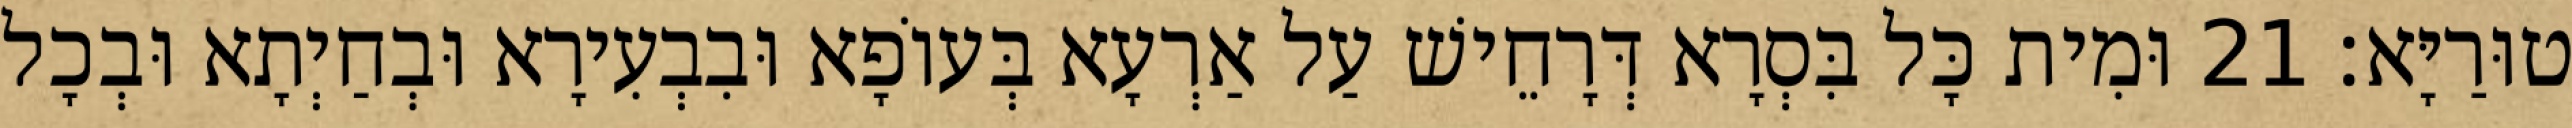
טוּרַיָּא׃ 21 וּמִית כָּל בִּסְרָא דְּרָחֵישׁ עַל אַרְעָא בְּעוֹפָא וּבִבְעִירָא וּבְחַיְתָא וּבְכָל